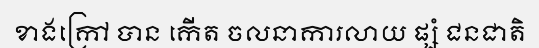
ខាងក្រៅ បាន កើត ចលនាការលាយ ផ្សំ ជនជាតិ